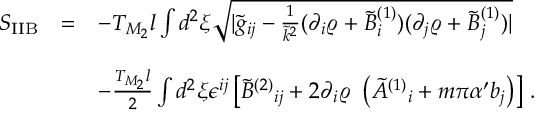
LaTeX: \begin{array} { r c l } { { S _ { \mathrm { I I B } } } } & { { = } } & { { - T _ { M _ { 2 } } l \int d ^ { 2 } \xi \sqrt { | { \tilde { g } } _ { i j } - \frac { 1 } { { \tilde { k } } ^ { 2 } } ( \partial _ { i } \varrho + { \tilde { B } } _ { i } ^ { ( 1 ) } ) ( \partial _ { j } \varrho + { \tilde { B } } _ { j } ^ { ( 1 ) } ) | } } } \\ { { } } & { { } } & { { } } \\ { { } } & { { } } & { { - \frac { T _ { M _ { 2 } } l } { 2 } \int d ^ { 2 } \xi \epsilon ^ { i j } \left[ \tilde { B } ^ { ( 2 ) } { } _ { i j } + 2 \partial _ { i } \varrho \ \left( { \tilde { A } } ^ { ( 1 ) } { } _ { i } + m \pi \alpha ^ { \prime } b _ { j } \right) \right] \, . } } \end{array}